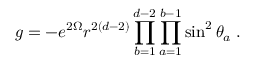
g = - e ^ { 2 \Omega } r ^ { 2 ( d - 2 ) } \prod _ { b = 1 } ^ { d - 2 } \prod _ { a = 1 } ^ { b - 1 } \sin ^ { 2 } \theta _ { a } \; .